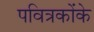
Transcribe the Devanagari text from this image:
पवित्रकोंके